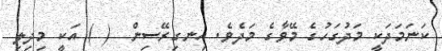
ކަނަމަދަކީ މަދުގަހުގެ މޭވާގެ މަދެވެ. އިނގިރޭސިން  ( ) އަކީ މިދިލި